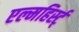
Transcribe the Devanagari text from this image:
एल्महिर्स्ट्